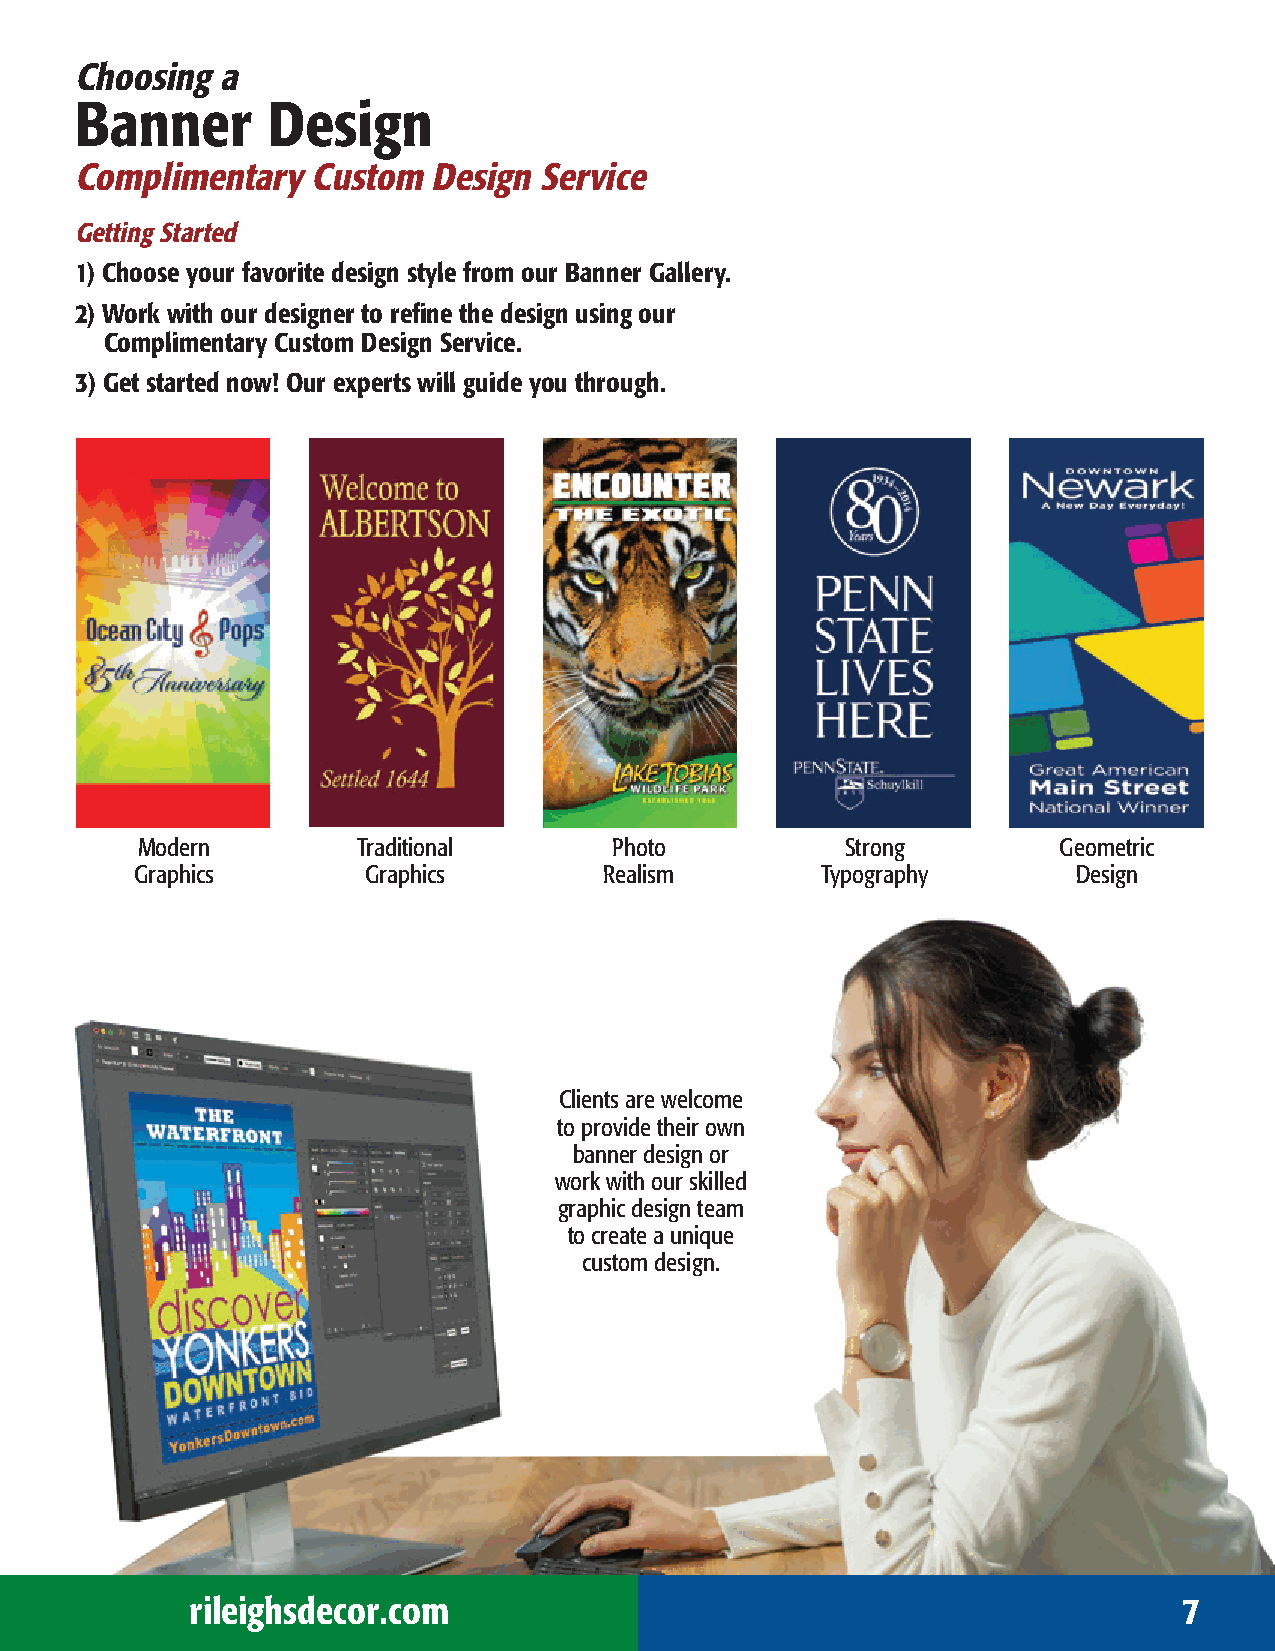
Choosing a
 Banner       Design
 Complimentary   Custom Design  Service
 Getting Started
 1) Choose your favorite design style from our Banner Gallery.
 2) Work with our designer to refine the design using our
 Complimentary Custom Design Service.
 3) Get started now! Our experts will guide you through.
 Modern         Traditional      Photo          Strong        Geometric
 Graphics       Graphics        Realism       Typography       Design
 Clients are welcome
 to provide their own
 banner design or
 work with our skilled
 graphic design team
 to create a unique
 custom design.
 rileighsdecor.com                                                7